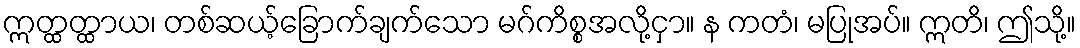
ဣတ္ထတ္ထာယ၊ တစ်ဆယ့်ခြောက်ချက်သော မဂ်ကိစ္စအလို့ငှာ။ န ကတံ၊ မပြုအပ်။ ဣတိ၊ ဤသို့။